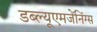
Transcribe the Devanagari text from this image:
डब्ल्यूएमजेंनिंग्स